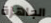
الجاهزة